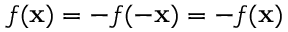
f ( { \bf { x } } ) = - f ( - { \bf { x } } ) = - f ( { \bf { x } } )